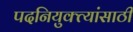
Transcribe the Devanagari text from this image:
पदनियुक्त्यांसाठी